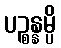
ပဉ္စန္နမ္ပိ